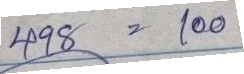
498 = 100